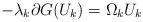
LaTeX: \begin{align*}-\lambda_k\partial G(U_k)=\Omega_kU_k\end{align*}